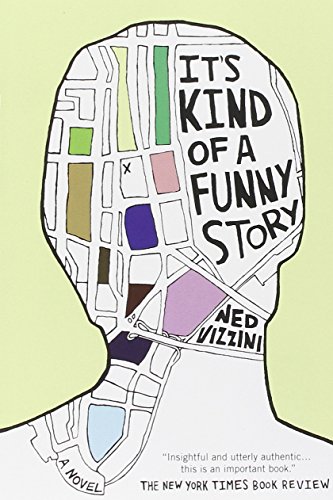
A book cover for It's Kind of a Funny Story; Ned Vizzini; Teen & Young Adult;